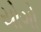
યોગો